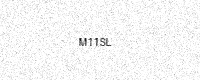
Text: M11SL